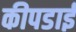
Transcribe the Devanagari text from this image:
कीपडाई